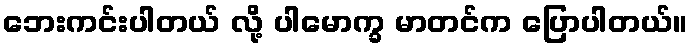
ဘေးကင်းပါတယ် လို့ ပါမောက္ခ မာတင်က ပြောပါတယ်။